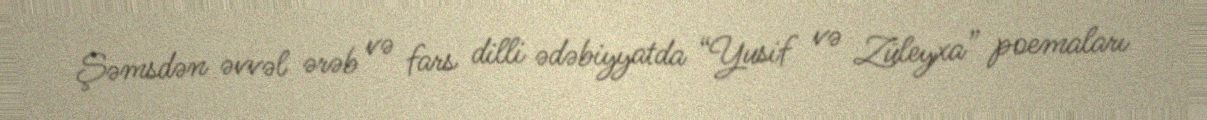
Şəmsdən əvvəl ərəb və fars dilli ədəbiyyatda “Yusif və Züleyxa” poemaları